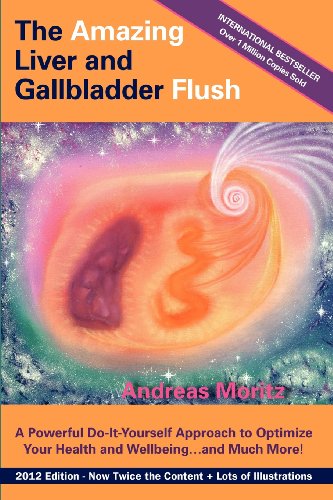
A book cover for The Amazing Liver and Gallbladder Flush; Andreas Moritz; Health, Fitness & Dieting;